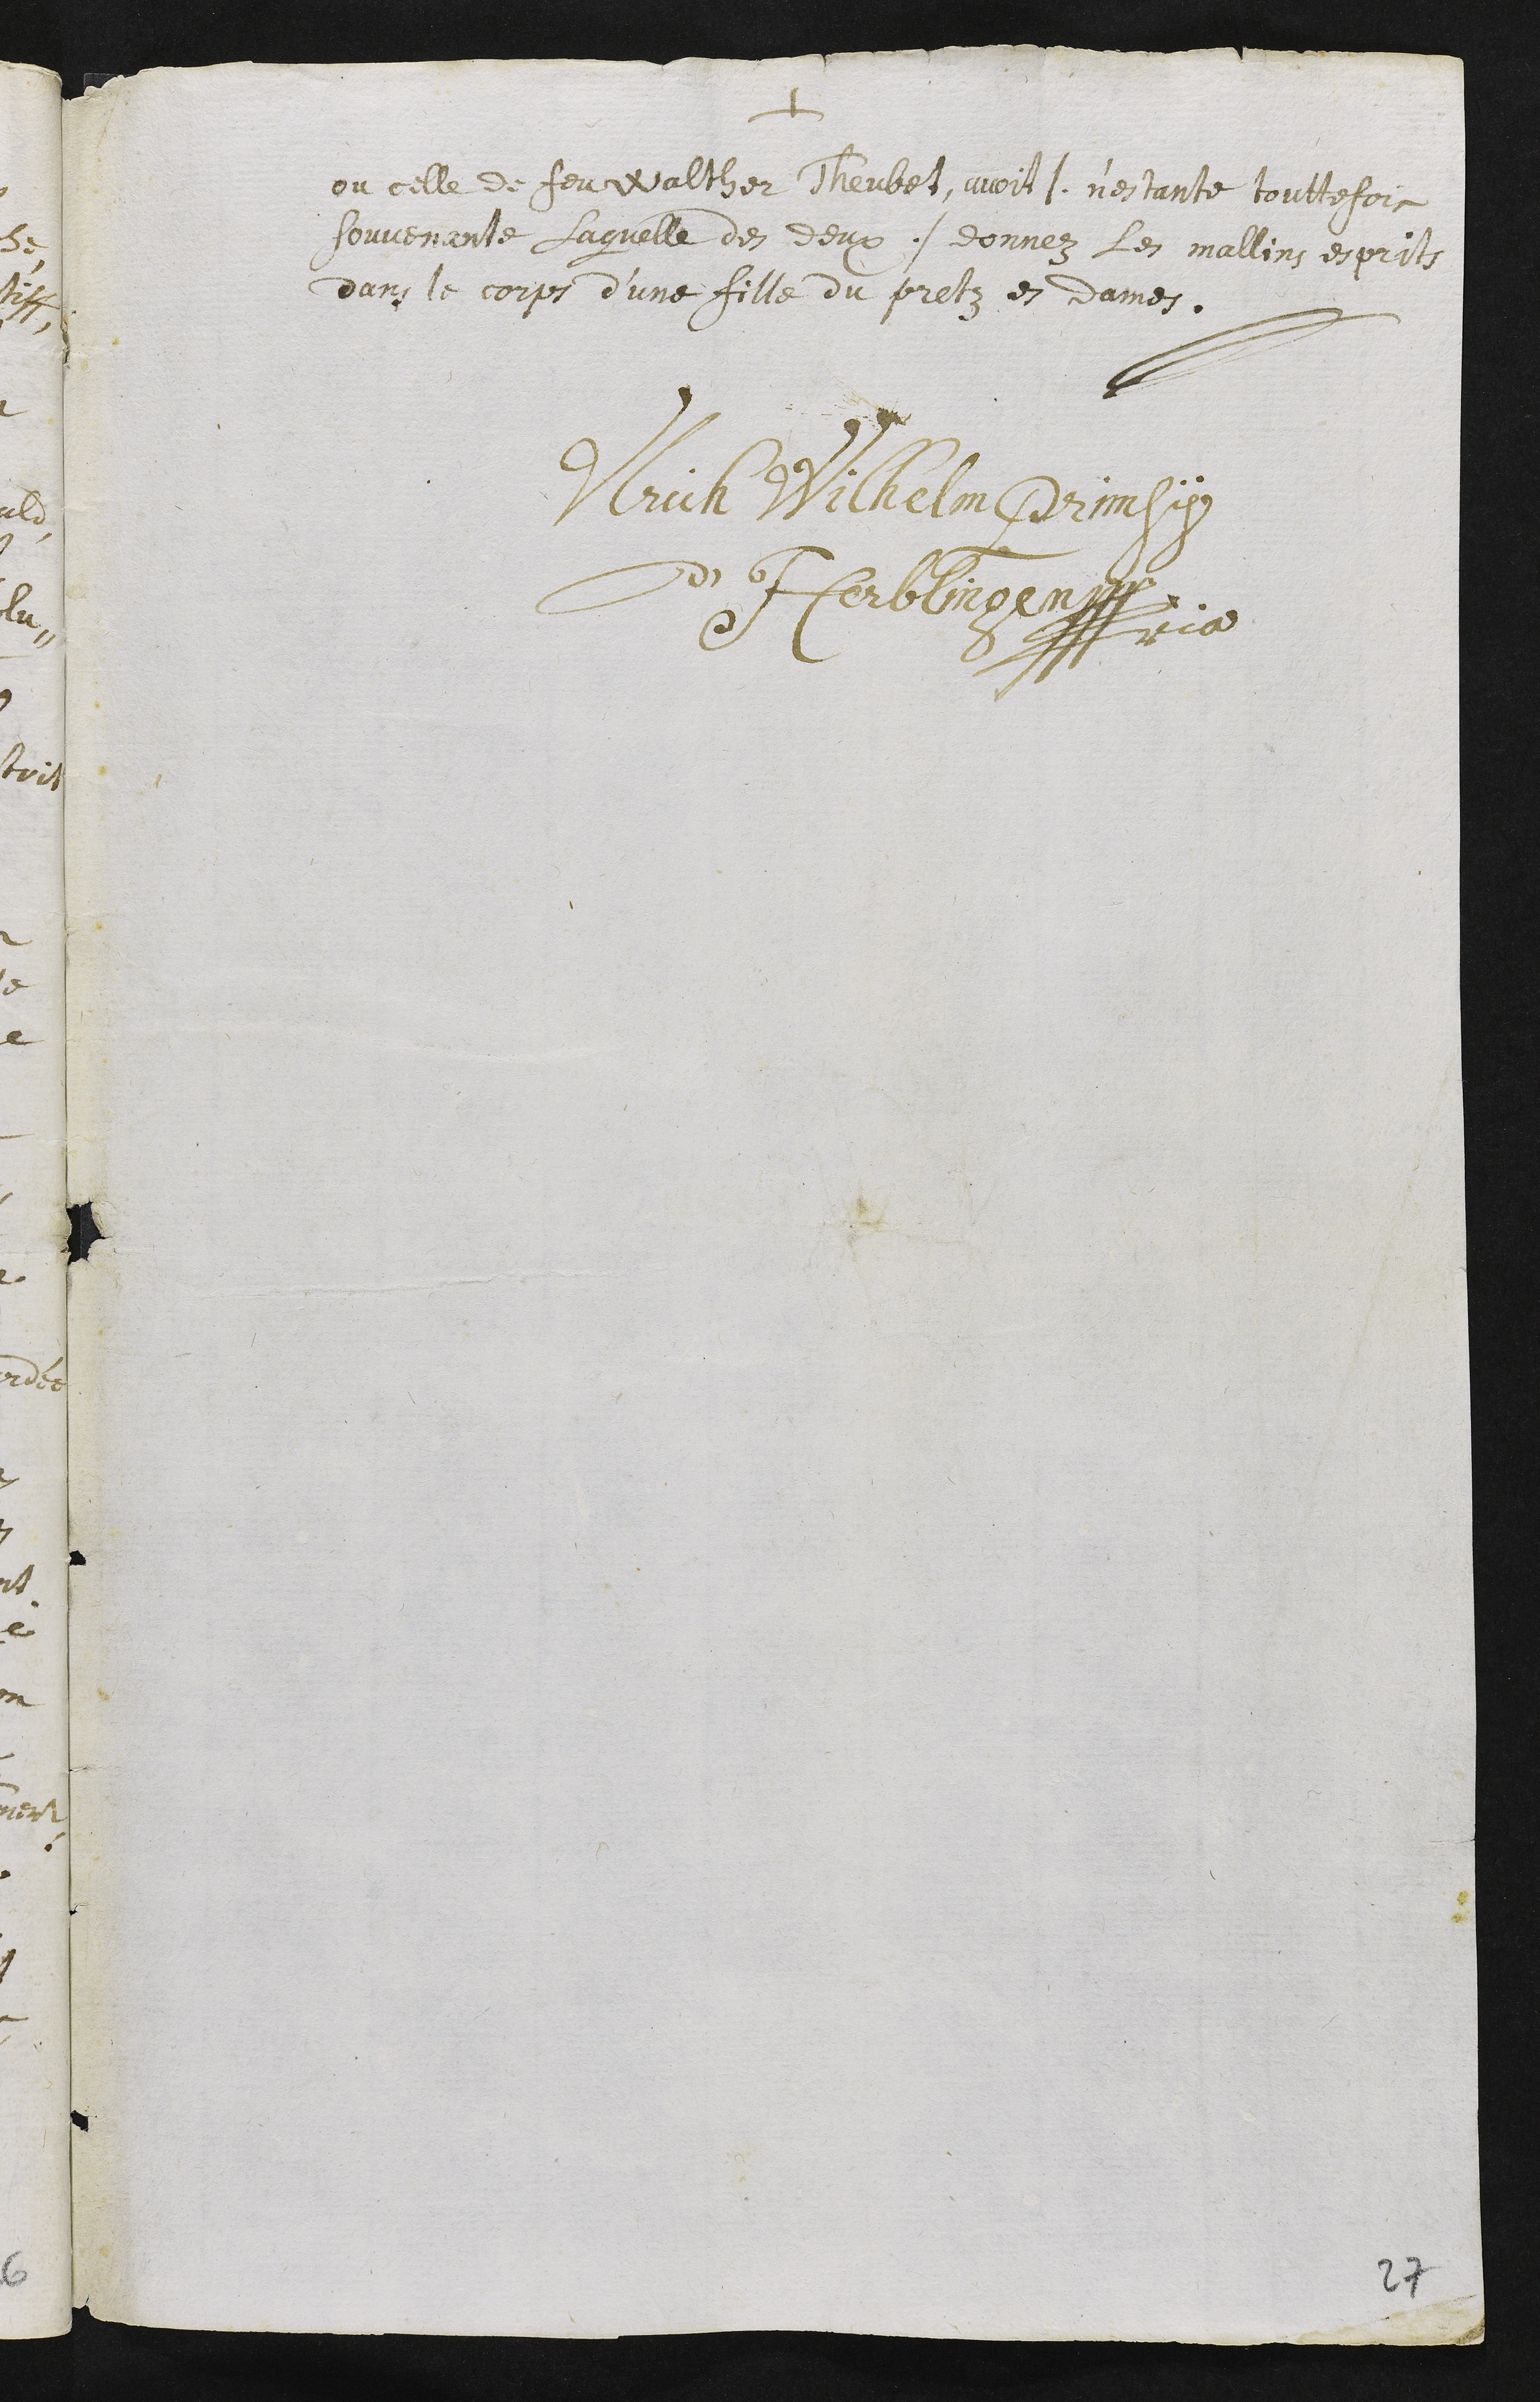
+
ou celle de feu Walther Theubet, avoit /. n’estante touttefois
souvenante laquelle des deux ./ donnez les mallins esprits
dans le corps d’une fille du prelz es Dames.
Ulrich Wilhelm Primsy
d'Herblingen
??ria